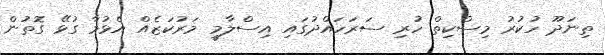
ތިނަދޫ ހުކުރު މިސްކިތް ހުރި ސަރަހައްދުގައި އިސްލާމީ މަރުކަޒެއް އެޅުމާ ގުޅޭ ގޮތުން